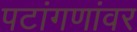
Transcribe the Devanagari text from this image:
पटांगणांवर